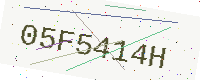
Text: 05F5414H